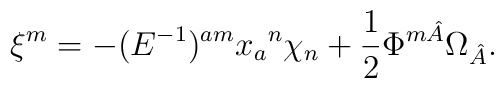
\xi ^m = -(E^{-1})^{am} x_a{}^n \chi _n + \frac{1}{2} \Phi ^{m\hat{A}}\Omega _{\hat{A}}.